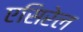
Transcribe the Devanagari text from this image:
एसिरेल